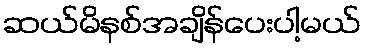
ဆယ်မိနစ်အချိန်ပေးပါ့မယ်